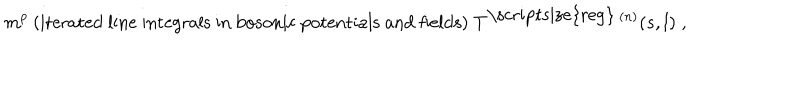
m ^ { p } \: { \mathrm { ( i t e r a t e d ~ l i n e ~ i n t e g r a l s ~ i n ~ b o s o n i c ~ p o t e n t i a l s ~ a n d ~ f i e l d s ) } } \; T ^ { \mathrm { \scriptsize { r e g } } \: ( n ) } ( s , l ) \; ,